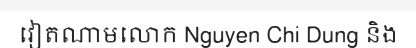
វៀតណាមលោក Nguyen Chi Dung និង